Document type: Sale
Year: 1499
Scribe: Joan Martínez de Sòria
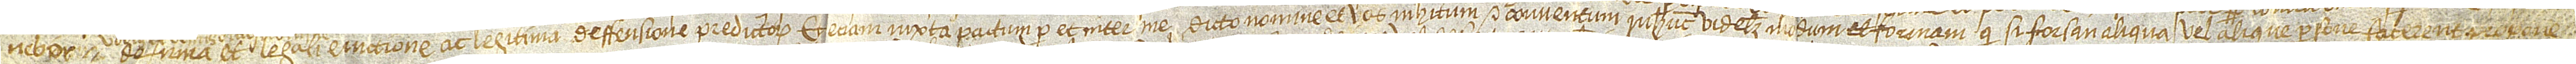
nebor de firma et legali eviccione ac legitima deffensione predictorum; et etiam iuxta pactum per et inter me dicto nomone et vos inhitum et conventum in hunc videlicet modum et formam, quod si forsan aliqua vel alique persone facerent, propone-